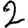
Digit: 2